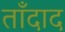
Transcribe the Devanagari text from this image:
ताँदाद